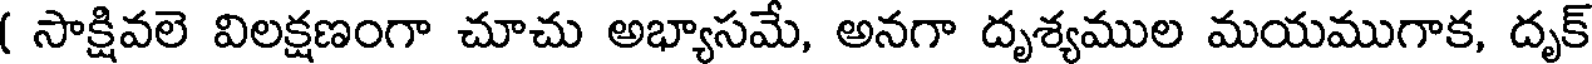
( సాక్షివలె విలక్షణంగా చూచు అభ్యాసమే, అనగా దృశ్యముల మయముగాక, దృక్